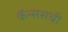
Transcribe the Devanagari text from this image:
कॅन्ससची